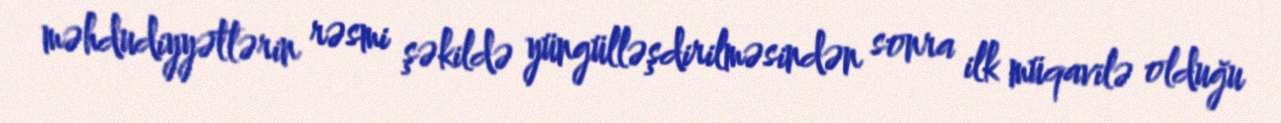
məhdudiyyətlərin rəsmi şəkildə yüngülləşdirilməsindən sonra ilk müqavilə olduğu